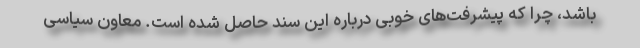
باشد، چرا که پیشرفت‌های خوبی درباره این سند حاصل شده است. معاون سیاسی